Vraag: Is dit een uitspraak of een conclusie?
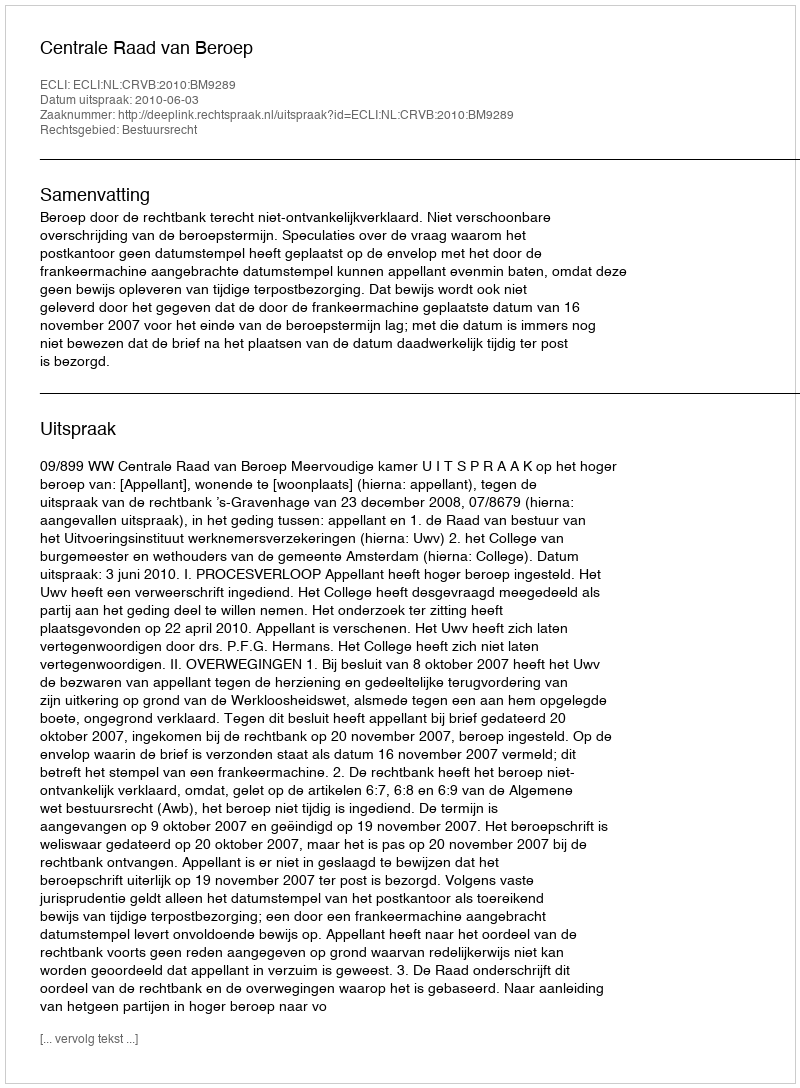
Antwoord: Uitspraak